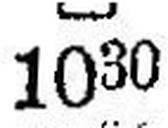
1030